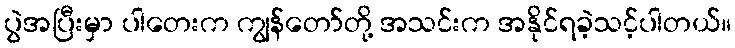
ပွဲအပြီးမှာ ပါတေးက ကျွန်တော်တို့ အသင်းက အနိုင်ရခဲ့သင့်ပါတယ်။